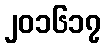
၂၀၁၆၁၇